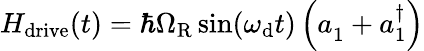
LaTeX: H_{\mathrm{drive}}(t)=\hbar\Omega_{\mathrm{R}}\sin(\omega_{\mathrm{d}}t)\left(a_{1}^{\phantom{\dagger}}+a_{1}^{\dagger}\right)